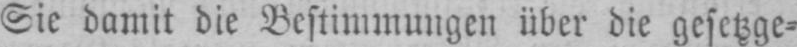
Sie damit die Bestimmungen über die gesetzge⸗